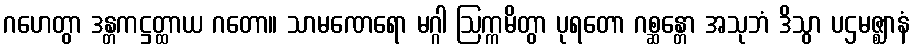
ဂဟေတွာ ဒန္တကဋ္ဌတ္ထာယ ဂတော။ သာမဏေရော မဂ္ဂါ ဩက္ကမိတွာ ပုရတော ဂစ္ဆန္တော အသုဘံ ဒိသွာ ပဌမဇ္ဈာနံ